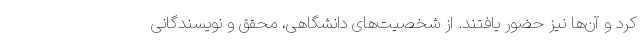
کرد و آن‌ها نیز حضور یافتند. از شخصیت‌های دانشگاهی، محقق و نویسندگانی